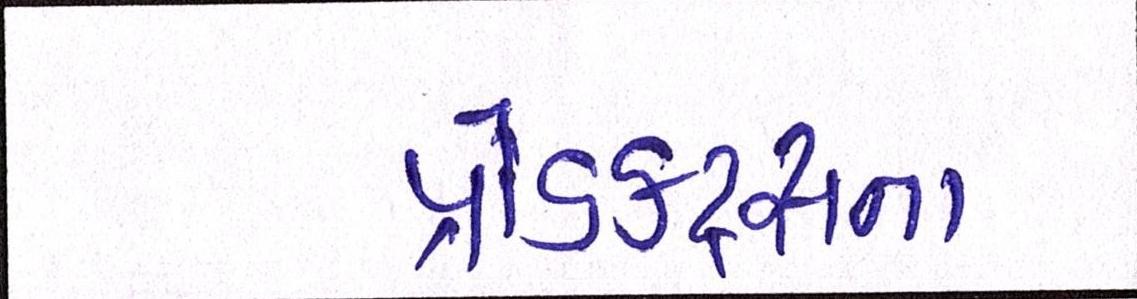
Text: પ્રોડક્ટ્સના